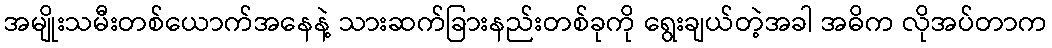
အမျိုးသမီးတစ်ယောက်အနေနဲ့ သားဆက်ခြားနည်းတစ်ခုကို ရွေးချယ်တဲ့အခါ အဓိက လိုအပ်တာက